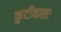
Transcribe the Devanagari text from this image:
कुटीवासः